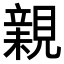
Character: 𧡿